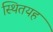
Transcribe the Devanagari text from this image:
स्थितयह